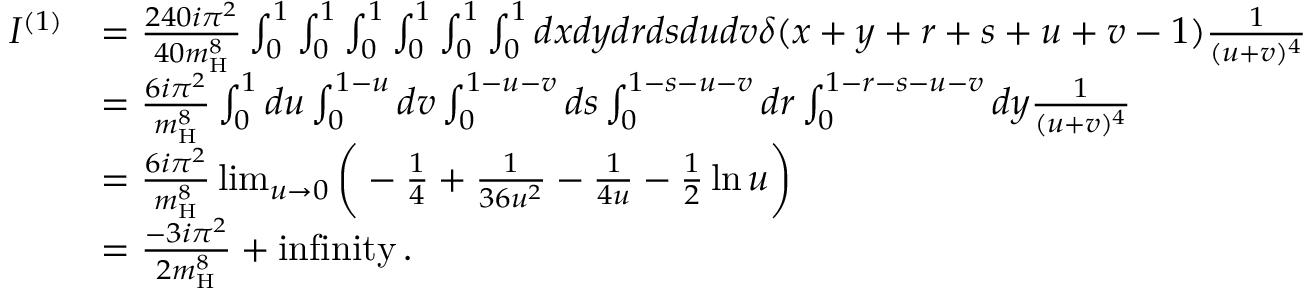
\begin{array} { r l } { I ^ { ( 1 ) } } & { = \frac { 2 4 0 i \pi ^ { 2 } } { 4 0 m _ { \mathrm { H } } ^ { 8 } } \int _ { 0 } ^ { 1 } \int _ { 0 } ^ { 1 } \int _ { 0 } ^ { 1 } \int _ { 0 } ^ { 1 } \int _ { 0 } ^ { 1 } \int _ { 0 } ^ { 1 } d x d y d r d s d u d v \delta ( x + y + r + s + u + v - 1 ) \frac { 1 } { ( u + v ) ^ { 4 } } } \\ & { = \frac { 6 i \pi ^ { 2 } } { m _ { \mathrm { H } } ^ { 8 } } \int _ { 0 } ^ { 1 } d u \int _ { 0 } ^ { 1 - u } d v \int _ { 0 } ^ { 1 - u - v } d s \int _ { 0 } ^ { 1 - s - u - v } d r \int _ { 0 } ^ { 1 - r - s - u - v } d y \frac { 1 } { ( u + v ) ^ { 4 } } } \\ & { = \frac { 6 i \pi ^ { 2 } } { m _ { \mathrm { H } } ^ { 8 } } \operatorname* { l i m } _ { u \rightarrow 0 } \bigg ( - \frac { 1 } { 4 } + \frac { 1 } { 3 6 u ^ { 2 } } - \frac { 1 } { 4 u } - \frac { 1 } { 2 } \ln u \bigg ) } \\ & { = \frac { - 3 i \pi ^ { 2 } } { 2 m _ { \mathrm { H } } ^ { 8 } } + \mathrm { i n f i n i t y } \, . } \end{array}